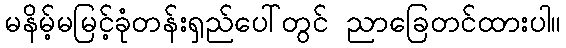
မနိမ့်မမြင့်ခုံတန်းရှည်ပေါ်တွင် ညာခြေတင်ထားပါ။